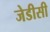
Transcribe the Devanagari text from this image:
जेडीसी